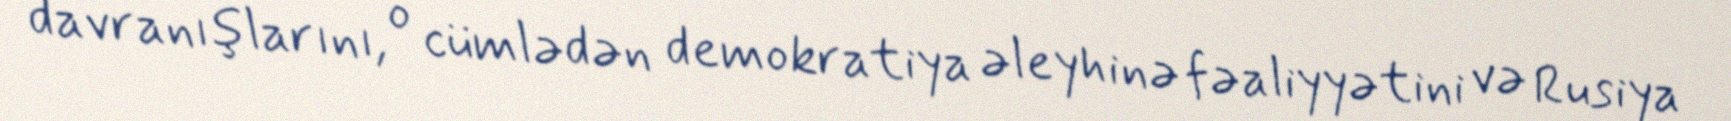
davranışlarını, o cümlədən demokratiya əleyhinə fəaliyyətini və Rusiya